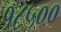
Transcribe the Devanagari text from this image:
१८५००